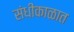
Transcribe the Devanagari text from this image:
संधीकाळात